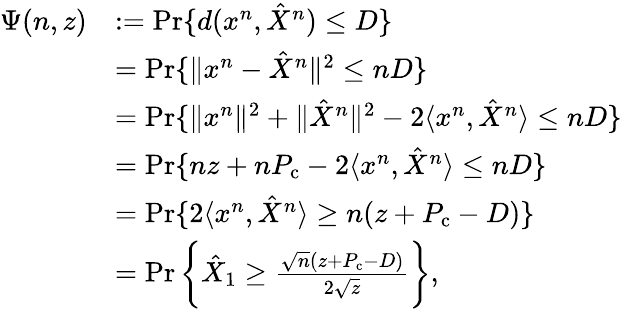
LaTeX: \begin{array}{rl}{\Psi(n,z)}&{:=\operatorname*{Pr}\{ d(x^{n},\hat{X}^{n})\leq D\} }\\ &{=\operatorname*{Pr}\{ \| x^{n}-\hat{X}^{n}\| ^{2}\leq nD\} }\\ &{=\operatorname*{Pr}\{ \| x^{n}\| ^{2}+\| \hat{X}^{n}\| ^{2}-2\langle x^{n},\hat{X}^{n}\rangle\leq nD\} }\\ &{=\operatorname*{Pr}\{ nz+nP_{\mathrm{c}}-2\langle x^{n},\hat{X}^{n}\rangle\leq nD\} }\\ &{=\operatorname*{Pr}\{ 2\langle x^{n},\hat{X}^{n}\rangle\geq n(z+P_{\mathrm{c}}-D)\} }\\ &{=\operatorname*{Pr}\bigg\{ \hat{X}_{1}\geq\frac{\sqrt{n}(z+P_{\mathrm{c}}-D)}{2\sqrt{z}}\bigg\} ,}\end{array}